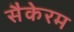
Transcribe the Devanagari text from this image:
सैकेरम